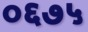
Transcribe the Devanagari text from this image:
०६७५